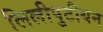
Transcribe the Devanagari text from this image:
लिलीपुटीयन